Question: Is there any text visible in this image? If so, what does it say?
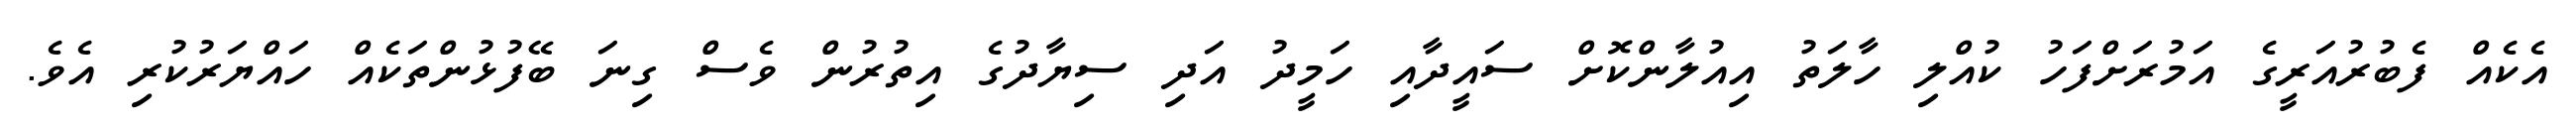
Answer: އެކެއް ފެބުރުއަރީގެ އަމުރަށްފަހު ކުއްލި ހާލަތު އިއުލާންކޮށް ސައީދާއި ހަމީދު އަދި ސިޔާދުގެ އިތުރުން ވެސް ގިނަ ބޭފުޅުންތަކެއް ހައްޔަރުކުރި އެވެ.